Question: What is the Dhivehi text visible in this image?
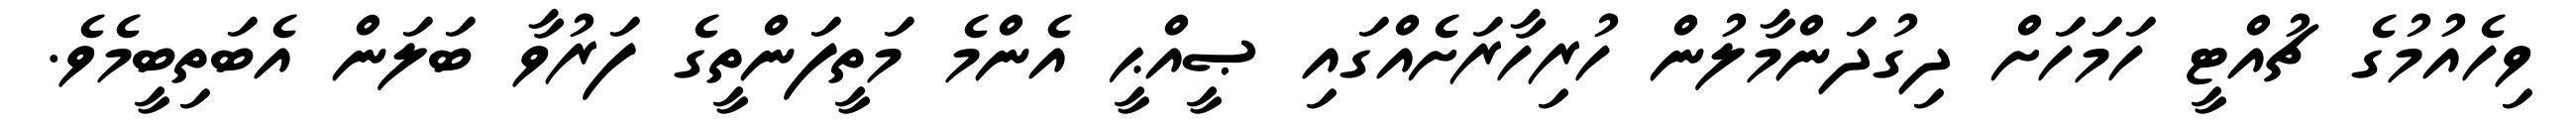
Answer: ވިހެއުމުގެ ޗުއްޓީ ހަމަހަށް ދިގުދަންމާލުން ހުރިހާރަށެއްގައި ޞީއްޙީ އެންމެ މަތީފަންތީގެ ފަރުވާ ބަލަން އެބަތިބީމެވެ.